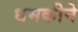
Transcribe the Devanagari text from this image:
धमकीने